Annual report on the working of the mental hospitals in the Madras Presidency - 1912-1932
Year: 1912
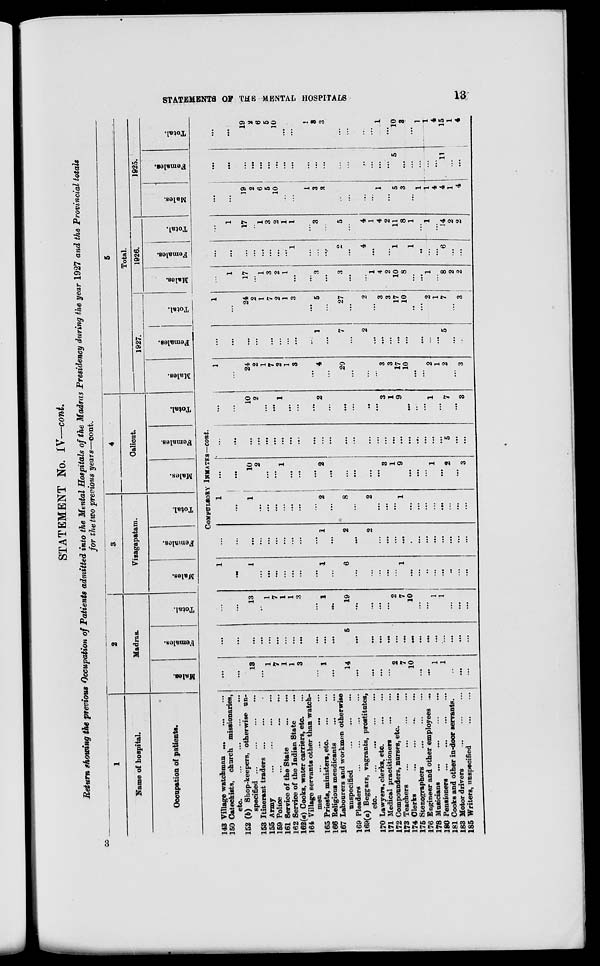
STATEMENTS OF THE MENTAL HOSPITALS
13
STATEMENT No. IV—cont.
Return showing the previous Occupation of Patients admitted into the Mental Hospitals of the Madras Presidency during the year 1927 and the Provincial totals
for the two previous years—cont.
1
Name of hospital.
Occupation of patients.
2
Madras.
Males.
Females.
Total.
3
Vizagapatam.
Males.
Females.
Total.
4
Calicut.
Males.
Females.
Total.
5
Total.
1927.
Males.
Females.
Total.
1926.
Males.
Females.
Total.
1925.
Males.
Females.
Total.
COMPULSORY INMATES—cont.
143 Village watchman
...
...
...
150 Catechists, church missionaries,
etc.
...
...
...
...
152 (b) Shop-keepers, otherwise un-
specified ... ... ... ...
153 Itinerant traders ... ... ... ...
155 Army
...
...
...
...
159 Police
... ... ... ...
161 Service of the State
...
...
162 Service of the Indian State ...
162(a) Cooks, water carriers, etc. ...
164 Village servants other than watch-
men
...
... ... ...
165 Priests, ministers, etc.
...
...
166 Religious mendicants
...
...
167 Labourers and workmen otherwise
unspecified ... ... ...
169 Pleaders
...
...
...
...
169(a) Beggars, vagrants, prostitutes,
etc. ... ... ... ...
170 Lawyers, clerks, etc.
...
...
171 Medical practitioners
...
...
172 Compounders, nurses, etc. ...
173 Teachers
...
...
...
...
174 Clerks
...
...
...
175 Stenographers
...
...
...
176 Engineer and other employees ...
178 Musicians ...
...
...
...
180
Pensioners...
...
...
...
181 Cooks and other in-door servants.
183 Motor drivers
...
...
...
185 Writers,unspecified
...
...
...
...
13
...
1
7
1
1
3
...
1
...
14
...
...
...
...
2
7
10
...
...
1
1
..
...
...
...
...
...
...
...
...
...
...
...
...
...
...
5
...
...
...
...
...
...
...
...
...
...
...
...
...
...
...
...
13
..
1
7
1
1
3
...
1
...
19
...
...
...
...
2
7
10
...
...
1
1
...
...
...
1
...
1
...
...
...
...
...
...
...
1
...
6
...
...
...
...
...
1
...
...
..
...
...
..
...
...
...
...
...
...
...
...
...
...
...
...
1
...
2
...
2
...
...
...
...
...
...
...
...
...
...
...
...
1
...
1
...
...
...
...
...
...
...
2
...
8
...
2
...
...
...
1
...
...
...
...
...
...
...
...
...
...
10
2
...
...
1
...
...
...
2
...
...
...
...
...
3
1
9
...
...
...
1
...
2
...
3
...
...
...
...
...
...
...
...
...
...
...
...
...
...
...
...
...
...
...
...
...
...
...
...
5
...
...
...
...
10
2
...
...
1
...
...
...
2
...
...
...
...
...
3
1
9
...
...
...
1
...
7
...
3
1
...
24
2
1
7
2
1
3
...
4
...
20
...
...
...
3
3
17
10
...
...
2
1
2
...
3
...
...
...
...
...
...
...
...
...
...
1
...
7
...
2
...
...
...
...
...
...
...
...
...
5
...
...
1
...
24
2
1
7
2
1
3
...
5
...
27
...
2
...
3
3
17
10
...
...
2
1
7
...
3
...
1
17
...
1
3
2
1
...
...
3
...
3
...
...
1
4
2
10
8
...
...
1
...
8
2
2
...
...
...
...
...
...
...
...
1
...
...
...
2
...
4
...
...
...
1
...
1
...
...
...
6
...
...
...
1
17
...
1
3
2
1
1
...
3
...
5
...
4
1
4
2
11
8
1
...
1
...
14
2
2
...
...
19
2
6
5
10
...
...
1
3
3
...
...
...
...
1
...
5
3
...
1
1
4
4
1
4
...
...
...
...
...
...
...
...
...
...
...
...
...
...
...
...
...
...
5
...
...
...
...
...
11
...
...
...
...
19
2
6
5
10
...
...
1
3
3
...
...
...
...
1
...
10
3
...
1
1
4
15
1
4
3